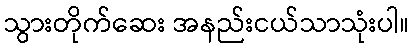
သွားတိုက်ဆေး အနည်းငယ်သာသုံးပါ။